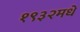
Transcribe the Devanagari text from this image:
१९३२मधे